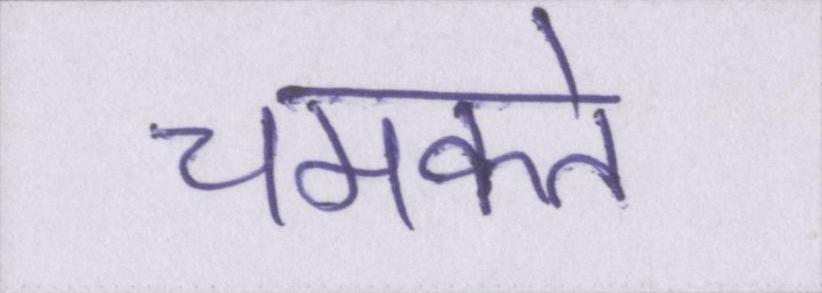
चमकते